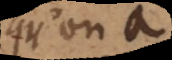
qu’on a